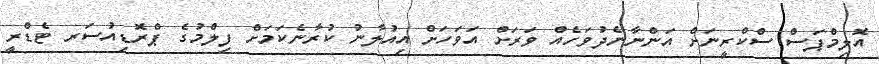
އޮލިމްޕަސް ސްކްރީނަށް އަންނާނެދުވަހެއް ވަރަށް އަވަހަށް އިއުލާނު ކުރާނެކަމަށް ފިލްމުގެ ޕްރޮޑިއުސަރ ޓެޑްރީ